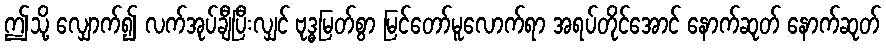
ဤသို့ လျှောက်၍ လက်အုပ်ချီပြီးလျှင် ဗုဒ္ဓမြတ်စွာ မြင်တော်မူလောက်ရာ အရပ်တိုင်အောင် နောက်ဆုတ် နောက်ဆုတ်